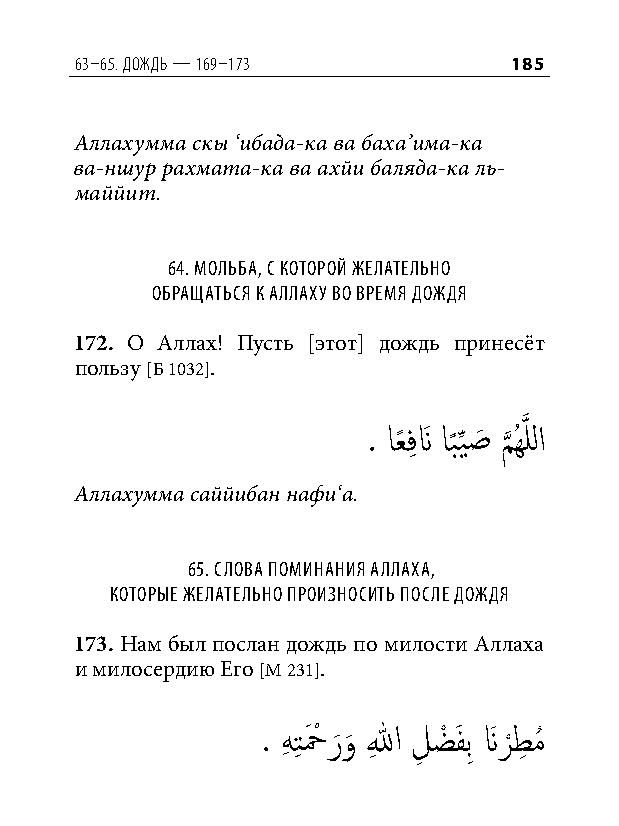
63–65. дождь — 169–173       185
 Аллахумма скы ‘ибада-ка ва баха’има-ка
 ва-ншур рахмата-ка ва ахйи баляда-ка ль-
 маййит.
 64. мольба, С которой желательно
 обращатьСя к аллаху во время дождя
 172. О Аллах! Пусть [этот] дождь принесёт
 пользу [Б 1032].
 . اعً فِ نَ اب
 ً
 ِّيصَ م
 َّذ
 ُهَّذ للا
 Аллахумма саййибан нафи‘а.
 65. Слова поминания аллаха,
 которые желательно произноСить поСле дождя
 173. Нам был послан дождь по милости Аллаха
 и милосердию Его [М 231].
 . هِ تِ حَ ْ ر َو
 َ
 اللهِ لِ ضْ فَ بِ نَ ر
 ْ
 طِ مُ